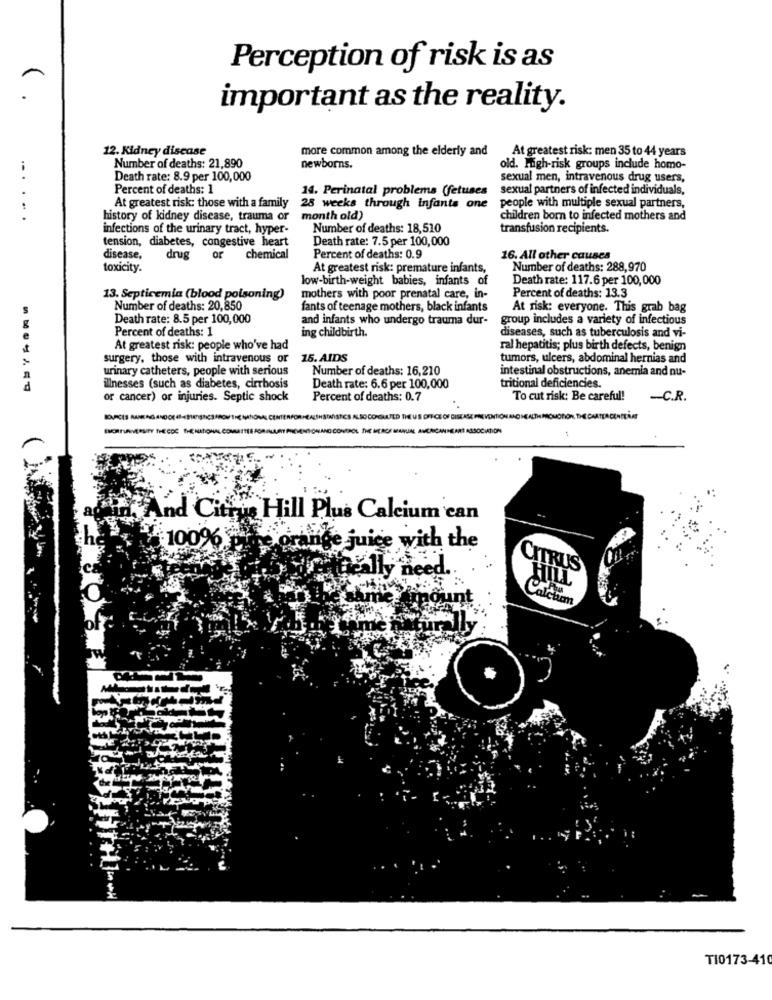
Perception of risk is as
important as the reality.
12. Kidney disease
more common among the elderly and
At greatest risk: men 35 to 44 years
Number of deaths: 21,890
newborns.
old. High-risk groups include homo-
Death rate: 8.9 per 100,000
sexual men, intravenous drug users,
Percent of deaths: 1
14. Perinatal problema (fetuses
sexual partners of infected individuals,
At greatest risk: those with a family
28 weeks through infants one
people with multiple sexual partners,
....
history of kidney disease, trauma or
month old)
children born to infected mothers and
infections of the urinary tract, hyper-
Number of deaths: 18,510
transfusion recipients.
tension, diabetes, congestive heart
Death rate: 7.5 per 100,000
disease,
drug
or
chemical
Percent of deaths: 0.9
16. All other causes
toxicity.
At greatest risk: premature infants,
Number of deaths: 288,970
low-birth-weight babies, infants of
Death rate: 117.6 per 100,000
13. Septicemia (blood poisoning)
mothers with poor prenatal care, in-
Percent of deaths: 13.3
Number of deaths: 20,850
fants of teenage mothers, black infants
At risk: everyone. This grab bag
Death rate: 8.5 per 100,000
and infants who undergo trauma dur-
group includes a variety of infectious
Percent of deaths: 1
ing childbirth.
diseases, such as tuberculosis and vi-
e
At greatest risk: people who've had
ral hepatitis; plus birth defects, benign
surgery, those with intravenous or
15. AIDS
tumors, ulcers, abdominal hernias and
urinary catheters, people with serious
Number of deaths: 16,210
intestinal obstructions, anemia and nu-
illnesses (such as diabetes, cirrhosis
Death rate: 6.6 per 100,000
tritional deficiencies.
or cancer) or injuries. Septic shock
Percent of deaths: 0.7
To cut risk: Be careful!
-C.R.
CS ALSO CONSULTED THE US OFFICE OF DISEASE PREVENTION
MEVENTIONE AND HEALTH MICHORION. THE CHATEA CENTERLAT
TROL THE MERCE MANUNE AUCARCANHEART ASSOCIATION
And Citrus Hill Plus Calcium can
100%
je juice with the
CITRUS
Really need.
alchem
TI0173-410